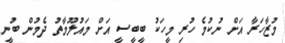
މުޒާހަރާ އަށް ނުކުމެ ހުރި މީހަކު ބީބީސީ އަށް މައުލޫމާތު ދެމުން ބުނީ